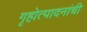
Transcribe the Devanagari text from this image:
गृहोत्पादनांची